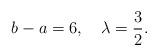
LaTeX: \begin{align*}b-a=6, \quad \lambda=\frac{3}{2}.\end{align*}